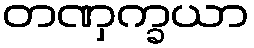
တဏှက္ခယာ